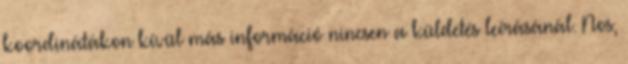
koordinátákon kívül más információ nincsen a küldetés leírásánál. Nos,